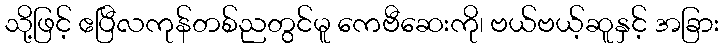
သို့ဖြင့် ဧပြီလကုန်တစ်ညတွင်မူ ကေဗီဆေးကို၊ ဗယ်ဗယ့်ဆူနှင့် အခြား